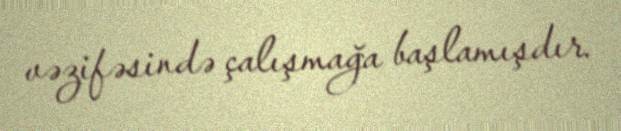
vəzifəsində çalışmağa başlamışdır.